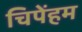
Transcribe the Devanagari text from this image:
चिपेंहम